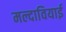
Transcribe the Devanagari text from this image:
मल्दावियाई